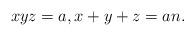
LaTeX: \begin{align*}xyz = a, x+y+z = an.\end{align*}